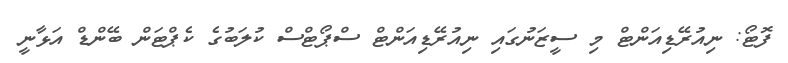
ފޮޓޯ: ނިއުރޭޑިއަންޓް މި ސީޒަނުގައި ނިއުރޭޑިއަންޓް ސްޕޯޓްސް ކުލަބުގެ ކެޕްޓަން ބޭންޑް އަޅާނީ